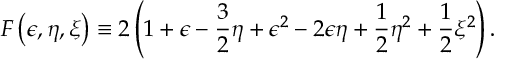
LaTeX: F \left( \epsilon , \eta , \xi \right) \equiv 2 \left( 1 + \epsilon - { \frac { 3 } { 2 } } \eta + \epsilon ^ { 2 } - 2 \epsilon \eta + { \frac { 1 } { 2 } } \eta ^ { 2 } + { \frac { 1 } { 2 } } \xi ^ { 2 } \right) .